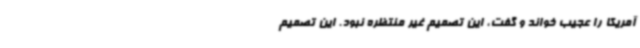
آمریکا را عجیب خواند و گفت، این تصمیم غیر منتظره نبود. این تصمیم